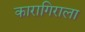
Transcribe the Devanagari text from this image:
कारागिराला